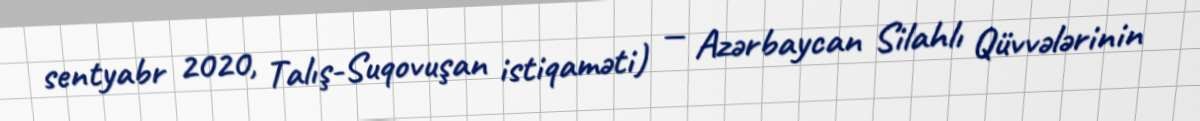
sentyabr 2020, Talış-Suqovuşan istiqaməti) — Azərbaycan Silahlı Qüvvələrinin